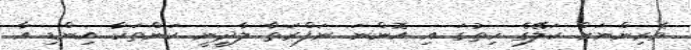
ވެރިންނަށް ކަލޭގެ ހިތުގަ އި އޮންނަ ނަފްރަތާ ލާދީނީ ކަންތަކާ އިންޑި އާ